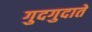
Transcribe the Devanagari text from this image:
गुदगुदाते